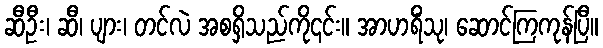
ဆီဦး၊ ဆီ၊ ပျား၊ တင်လဲ အစရှိသည်ကို၎င်း။ အာဟရိံသု၊ ဆောင်ကြကုန်ပြီ။